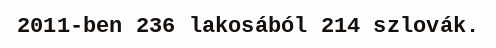
2011-ben 236 lakosából 214 szlovák.